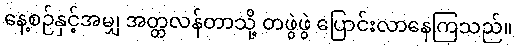
နေ့စဉ်နှင့်အမျှ အတ္တလန်တာသို့ တဖွဲဖွဲ ပြောင်းလာနေကြသည်။